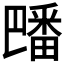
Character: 𪽡